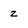
Character: z